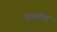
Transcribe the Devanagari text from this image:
दरबारात्